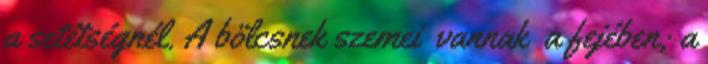
a setétségnél. A bölcsnek szemei vannak a fejében; a